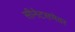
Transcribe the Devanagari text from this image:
सीनेटसभेवर